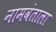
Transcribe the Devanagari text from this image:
नामवंताला